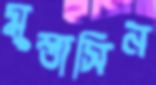
মুস্তাসিন